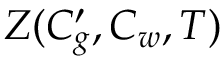
Z ( C _ { g } ^ { \prime } , C _ { w } , T )